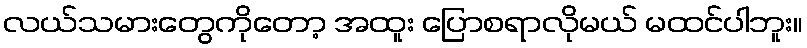
လယ်သမားတွေကိုတော့ အထူး ပြောစရာလိုမယ် မထင်ပါဘူး။